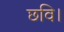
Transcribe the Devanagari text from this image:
छवि।